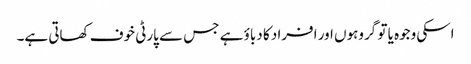
اسکی وجوہ یا تو گروہوں اور افراد کا دباؤ ہے جس سے پارٹی خوف کھاتی ہے۔